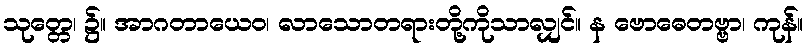
သုတ္တေ၊ ၌။ အာဂတာယေဝ၊ လာသောတရားတို့ကိုသာလျှင်။ န ဗောဓေတဗ္ဗာ၊ ကုန်။